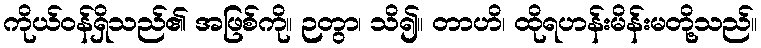
ကိုယ်ဝန်ရှိသည်၏ အဖြစ်ကို။ ဉတွာ၊ သိ၍။ တာဟိ၊ ထိုရဟန်းမိန်းမတို့သည်။